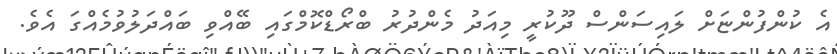
އެ ކުންފުންޏަށް ލައިސަންސް ދޫކުރީ މިއަދު މެންދުރު ބްރޯޑްކޮމްގައި ބޭއްވި ބައްދަލުވުމެއްގަ އެވެ.